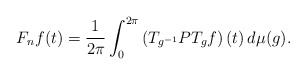
\begin{align*}F_nf(t)=\frac{1}{2\pi}\int_0^{2\pi}\left(T_{g^{-1}}PT_gf\right)(t)\, d\mu(g).\end{align*}